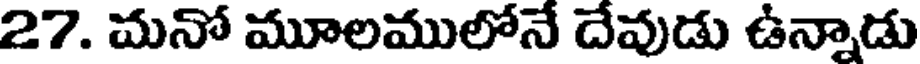
27. మనో మూలములోనే దేవుడు ఉన్నాడు